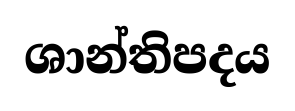
ශාන්තිපදය